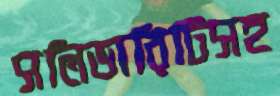
সলিডারিটিসহ